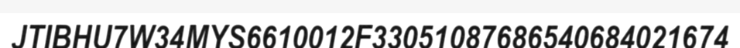
JTIBHU7W34MYS6610012F33051087686540684021674